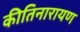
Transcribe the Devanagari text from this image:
कीतिनारायण